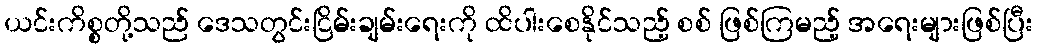
ယင်းကိစ္စတို့သည် ဒေသတွင်းငြိမ်းချမ်းရေးကို ထိပါးစေနိုင်သည့် စစ် ဖြစ်ကြမည့် အရေးများဖြစ်ပြီး